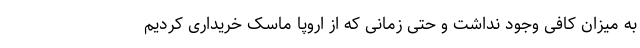
به میزان کافی وجود نداشت و حتی زمانی که از اروپا ماسک خریداری کردیم